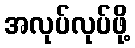
အလုပ်လုပ်ဖို့